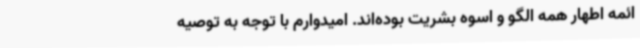
ائمه اطهار همه الگو و اسوه بشریت بوده‌اند. امیدوارم با توجه به توصیه